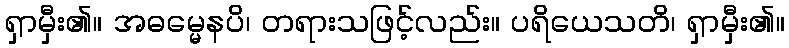
ရှာမှီး၏။ အဓမ္မေနပိ၊ တရားသဖြင့်လည်း။ ပရိယေသတိ၊ ရှာမှီး၏။